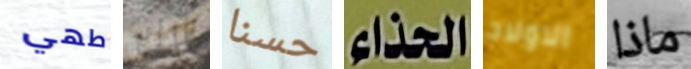
طهي لاك حسنا الحذاء الاولاد ماذا